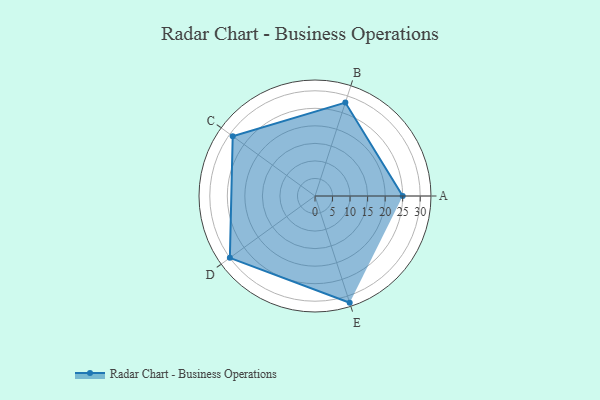
{"axis": {"x": "Skill", "y": "Score"}, "legend": ["Profile"], "data": [{"x": "A", "y": 25.0, "type": "Profile"}, {"x": "B", "y": 28.0, "type": "Profile"}, {"x": "C", "y": 29.0, "type": "Profile"}, {"x": "D", "y": 30.0, "type": "Profile"}, {"x": "E", "y": 32.0, "type": "Profile"}]}